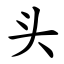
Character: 头